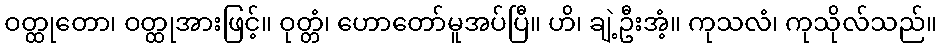
ဝတ္ထုတော၊ ဝတ္ထုအားဖြင့်။ ဝုတ္တံ၊ ဟောတော်မူအပ်ပြီ။ ဟိ၊ ချဲ့ဦးအံ့။ ကုသလံ၊ ကုသိုလ်သည်။